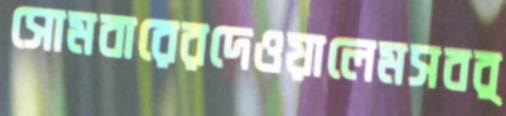
সোমবারেরদেওয়ালেমসবর্